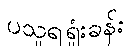
ပသူရရှုံးခန်း